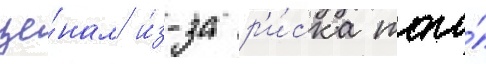
це́нам и́з-за р'и́ска того́